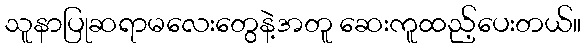
သူနာပြုဆရာမလေးတွေနဲ့အတူ ဆေးကူထည့်ပေးတယ်။